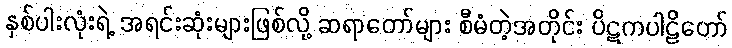
နှစ်ပါးလုံးရဲ့ အရင်းဆုံးများဖြစ်လို့ ဆရာတော်များ စီမံတဲ့အတိုင်း ပိဋကပါဠိတော်